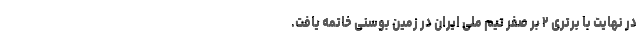
در نهایت با برتری ۲ بر صفر تیم ملی ایران در زمین بوسنی خاتمه یافت.